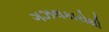
ગઝલકારોથી